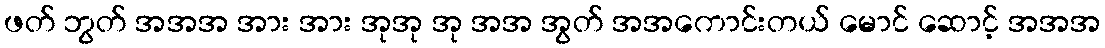
ဖတ် ဘွတ် အအအ အား အား အုအု အု အအ အွတ် အအကောင်းတယ် မောင် ဆောင့် အအအ